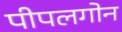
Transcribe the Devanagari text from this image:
पीपलगोन